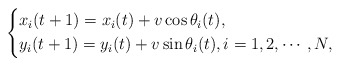
\begin{align*} \begin{dcases} x_i(t+1) = x_i(t)+ v \cos \theta_i(t),\\ y_i(t+1) = y_i(t)+ v \sin \theta_i(t), i= 1,2, \cdots, N, \end{dcases}\end{align*}